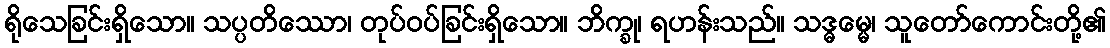
ရိုသေခြင်းရှိသော။ သပ္ပတိဿော၊ တုပ်ဝပ်ခြင်းရှိသော။ ဘိက္ခု၊ ရဟန်းသည်။ သဒ္ဓမ္မေ၊ သူတော်ကောင်းတို့၏